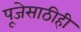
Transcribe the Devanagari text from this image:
पूजेसाठीही